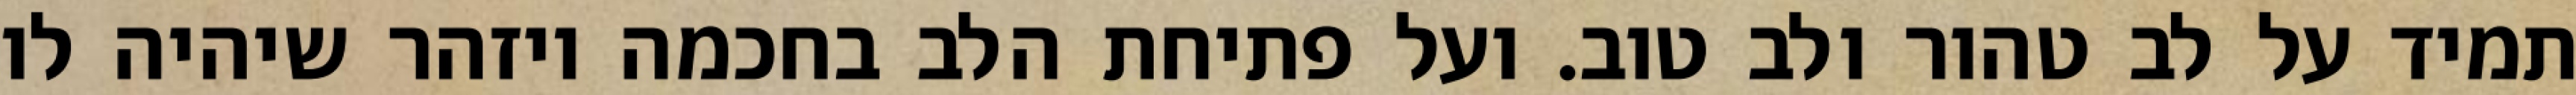
תמיד על לב טהור ולב טוב. ועל פתיחת הלב בחכמה ויזהר שיהיה לו